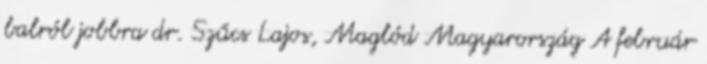
balról jobbra dr. Szűcs Lajos, Maglód Magyarország A február